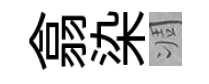
翕染凋